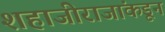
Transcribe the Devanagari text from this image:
शहाजीराजांकडून